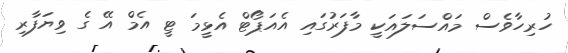
ހުރިހާވެސް މައްސަލައަކީ މާފަރުގައި އެއަޕޯޓް އެޅީމަ ޓީ އެމް އޭ ގެ ވިޔަފާރި